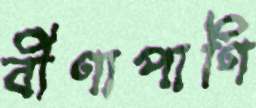
বীণাপাণি